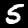
Digit: 5